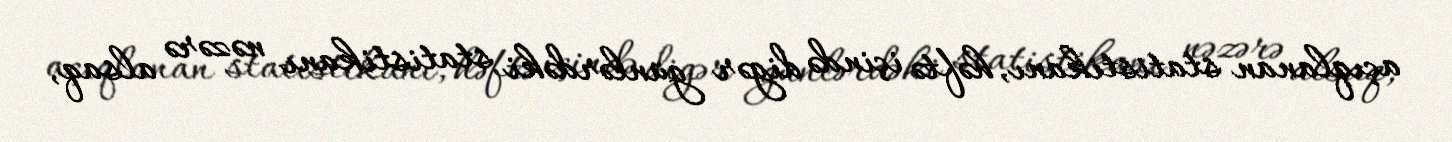
açıqlanan statistikanı, həftə içində digər günlərdəki statistikanı nəzərə alsaq,